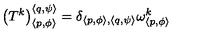
\left( T ^ { k } \right) _ { \left\langle p , \phi \right\rangle } ^ { \left\langle q , \psi \right\rangle } = \delta _ { \left\langle p , \phi \right\rangle , \left\langle q , \psi \right\rangle } \omega _ { \left\langle p , \phi \right\rangle } ^ { k }